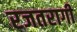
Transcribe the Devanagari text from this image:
रजतरागी